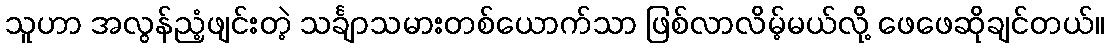
သူဟာ အလွန်ညံ့ဖျင်းတဲ့ သင်္ချာသမားတစ်ယောက်သာ ဖြစ်လာလိမ့်မယ်လို့ ဖေဖေဆိုချင်တယ်။